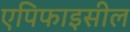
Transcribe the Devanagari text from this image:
एपिफाइसील